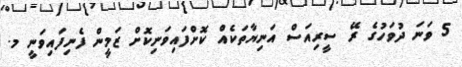
5 ވަނަ ދުވަހުގެ ރޭ ސީރިއަސް އަނިޔާތަކެއް ކޮށްފައިވަނިކޮށް ޒަމީން ފެނިފައިވަނީ މ.